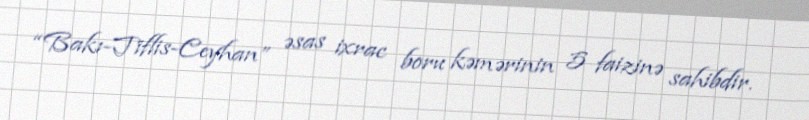
“Bakı-Tiflis-Ceyhan” əsas ixrac boru kəmərinin 5 faizinə sahibdir.